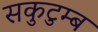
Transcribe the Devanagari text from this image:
सकुटुम्ब